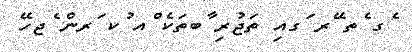
ެގ ެތ ޭރ ަގއި ތަޖުރި ާބތަކެ ްއ ުކ ަރން ެޖހޭ